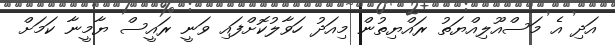
އަދި އެ މަސްއޫލިއްޔަތު ރައްޔިތުން މިއަދު ހަވާލުކޮށްފައި ވަނީ ރައީސް ޔާމީނާ ކަމަށް